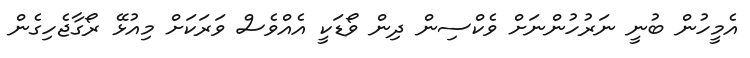
އެމީހުން ބުނީ ނަރުހުންނަށް ވެކްސިން ދިން ވޯޑަކީ އެއްވެސް ވަރަކަށް މިއުޅޭ ރޯގާޖެހިގެން